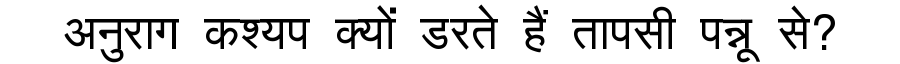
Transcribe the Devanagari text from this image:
अनुराग कश्यप क्यों डरते हैं तापसी पन्नू से?